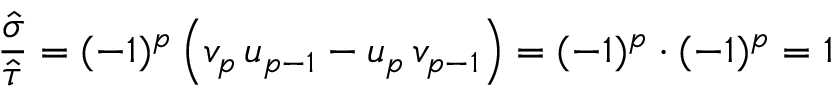
\frac { \hat { \sigma } } { \hat { \tau } } = ( - 1 ) ^ { p } \left( v _ { p } \, u _ { p - 1 } - u _ { p } \, v _ { p - 1 } \right) = ( - 1 ) ^ { p } \cdot ( - 1 ) ^ { p } = 1